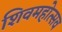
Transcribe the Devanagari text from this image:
शिवमहोत्सव